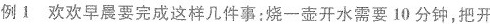
例1 欢欢早晨要完成这样几件事：烧一壶开水需要10分钟，把开